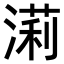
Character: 𣼵